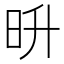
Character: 𣅮